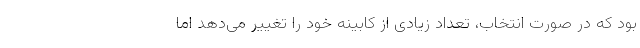
بود که در صورت انتخاب، تعداد زیادی از کابینه خود را تغییر می‌دهد اما